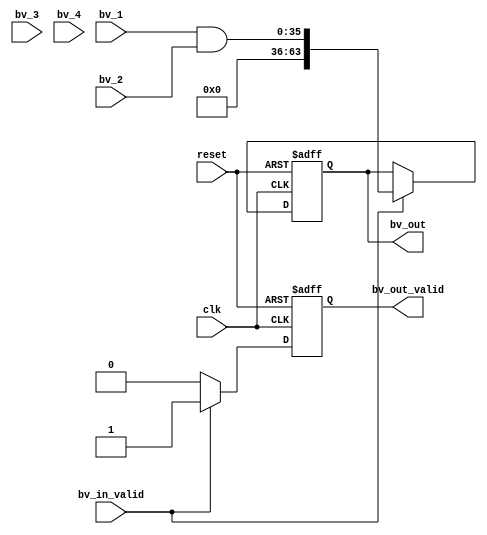

`timescale 1ns/1ps

module bv_and_4(
clk,
reset,

bv_in_valid,
bv_1,
bv_2,
bv_3,
bv_4,
bv_out_valid,
bv_out

);

input clk;
input reset;
input bv_in_valid;
input [35:0]  bv_1;
input [35:0]  bv_2;
input [35:0]  bv_3;
input [35:0]  bv_4;
output  reg         bv_out_valid;
output  reg [63:0]  bv_out;

always @(posedge clk or negedge reset)
begin
    if(!reset)
      begin
          bv_out <= 64'b0;
          bv_out_valid <= 1'b0;
      end
    else
      begin
          if(bv_in_valid == 1'b1)
            begin
                // bv_out <= {28'b0,bv_1 & bv_2 & bv_3 &bv_4};
					 bv_out <= {28'b0,bv_1 & bv_2};
                bv_out_valid <= 1'b1;
            end
          else  bv_out_valid <= 1'b0;
      end
end













endmodule